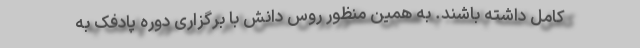
کامل داشته باشند. به همین منظور روس دانش با برگزاری دوره پادفک به